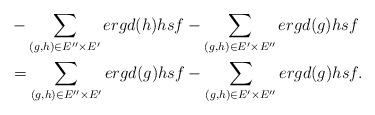
LaTeX: \begin{align*} &-\sum_{(g,h)\in E''\times E'}ergd(h)hsf-\sum_{(g,h)\in E'\times E''}ergd(g)hsf\\ &=\sum_{(g,h)\in E''\times E'}ergd(g)hsf-\sum_{(g,h)\in E'\times E''}ergd(g)hsf. \end{align*}